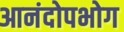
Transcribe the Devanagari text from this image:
आनंदोपभोग